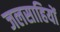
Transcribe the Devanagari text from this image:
जलसाहियों